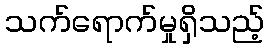
သက်ရောက်မှုရှိသည့်